65_HS1-834228961_62-HQ-83894_Section_1
Agency: FBI
Page 6
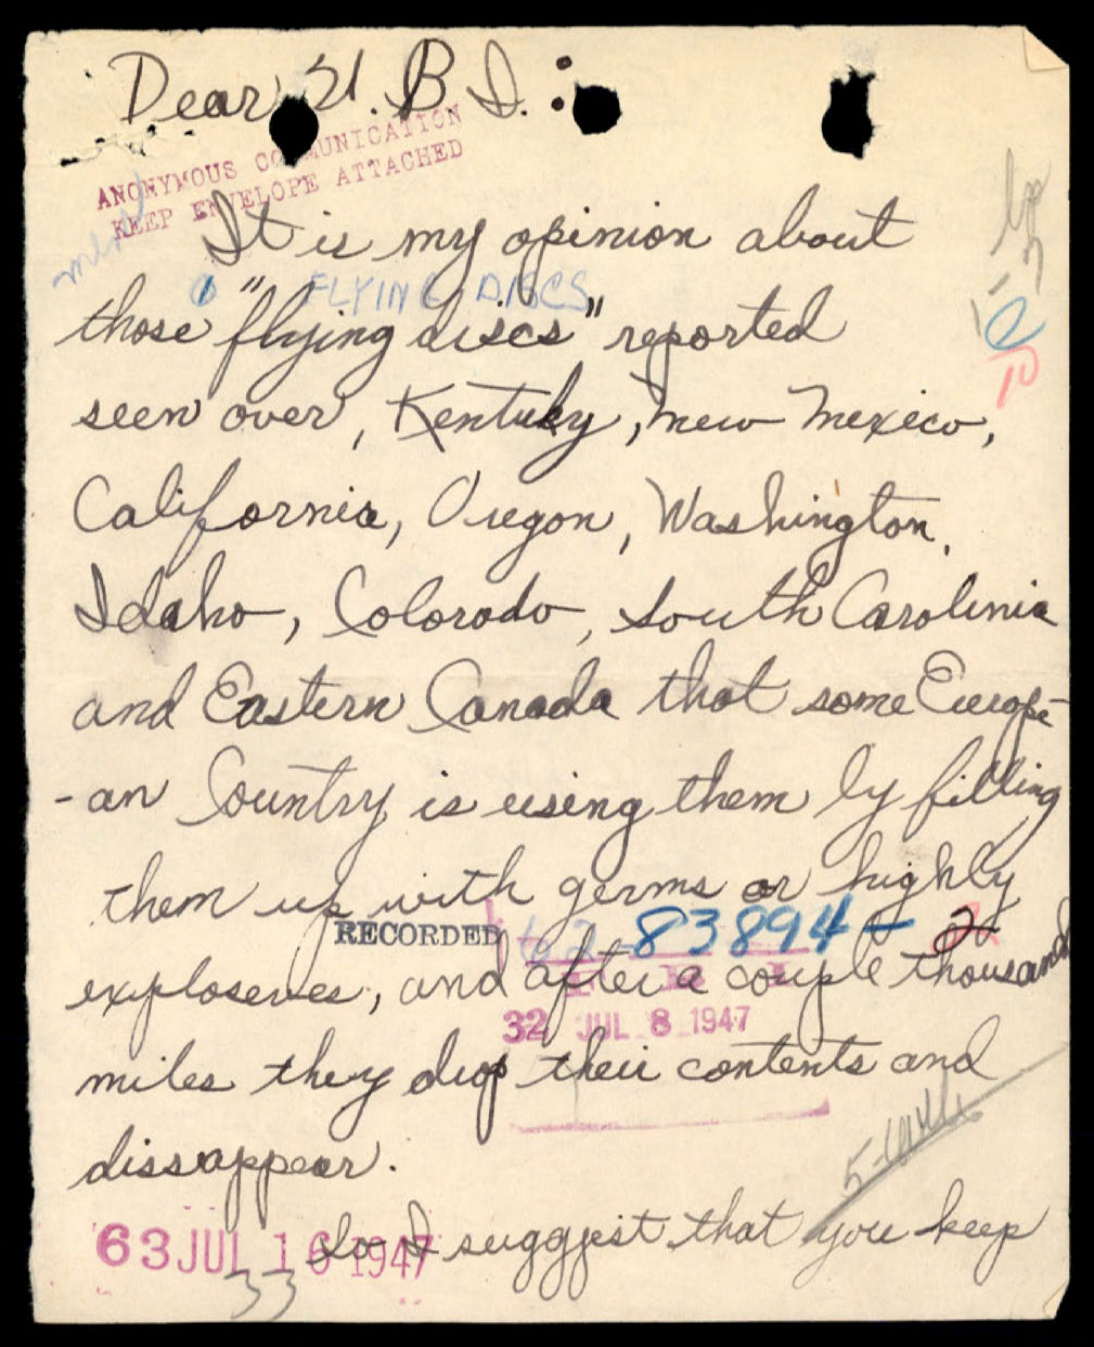